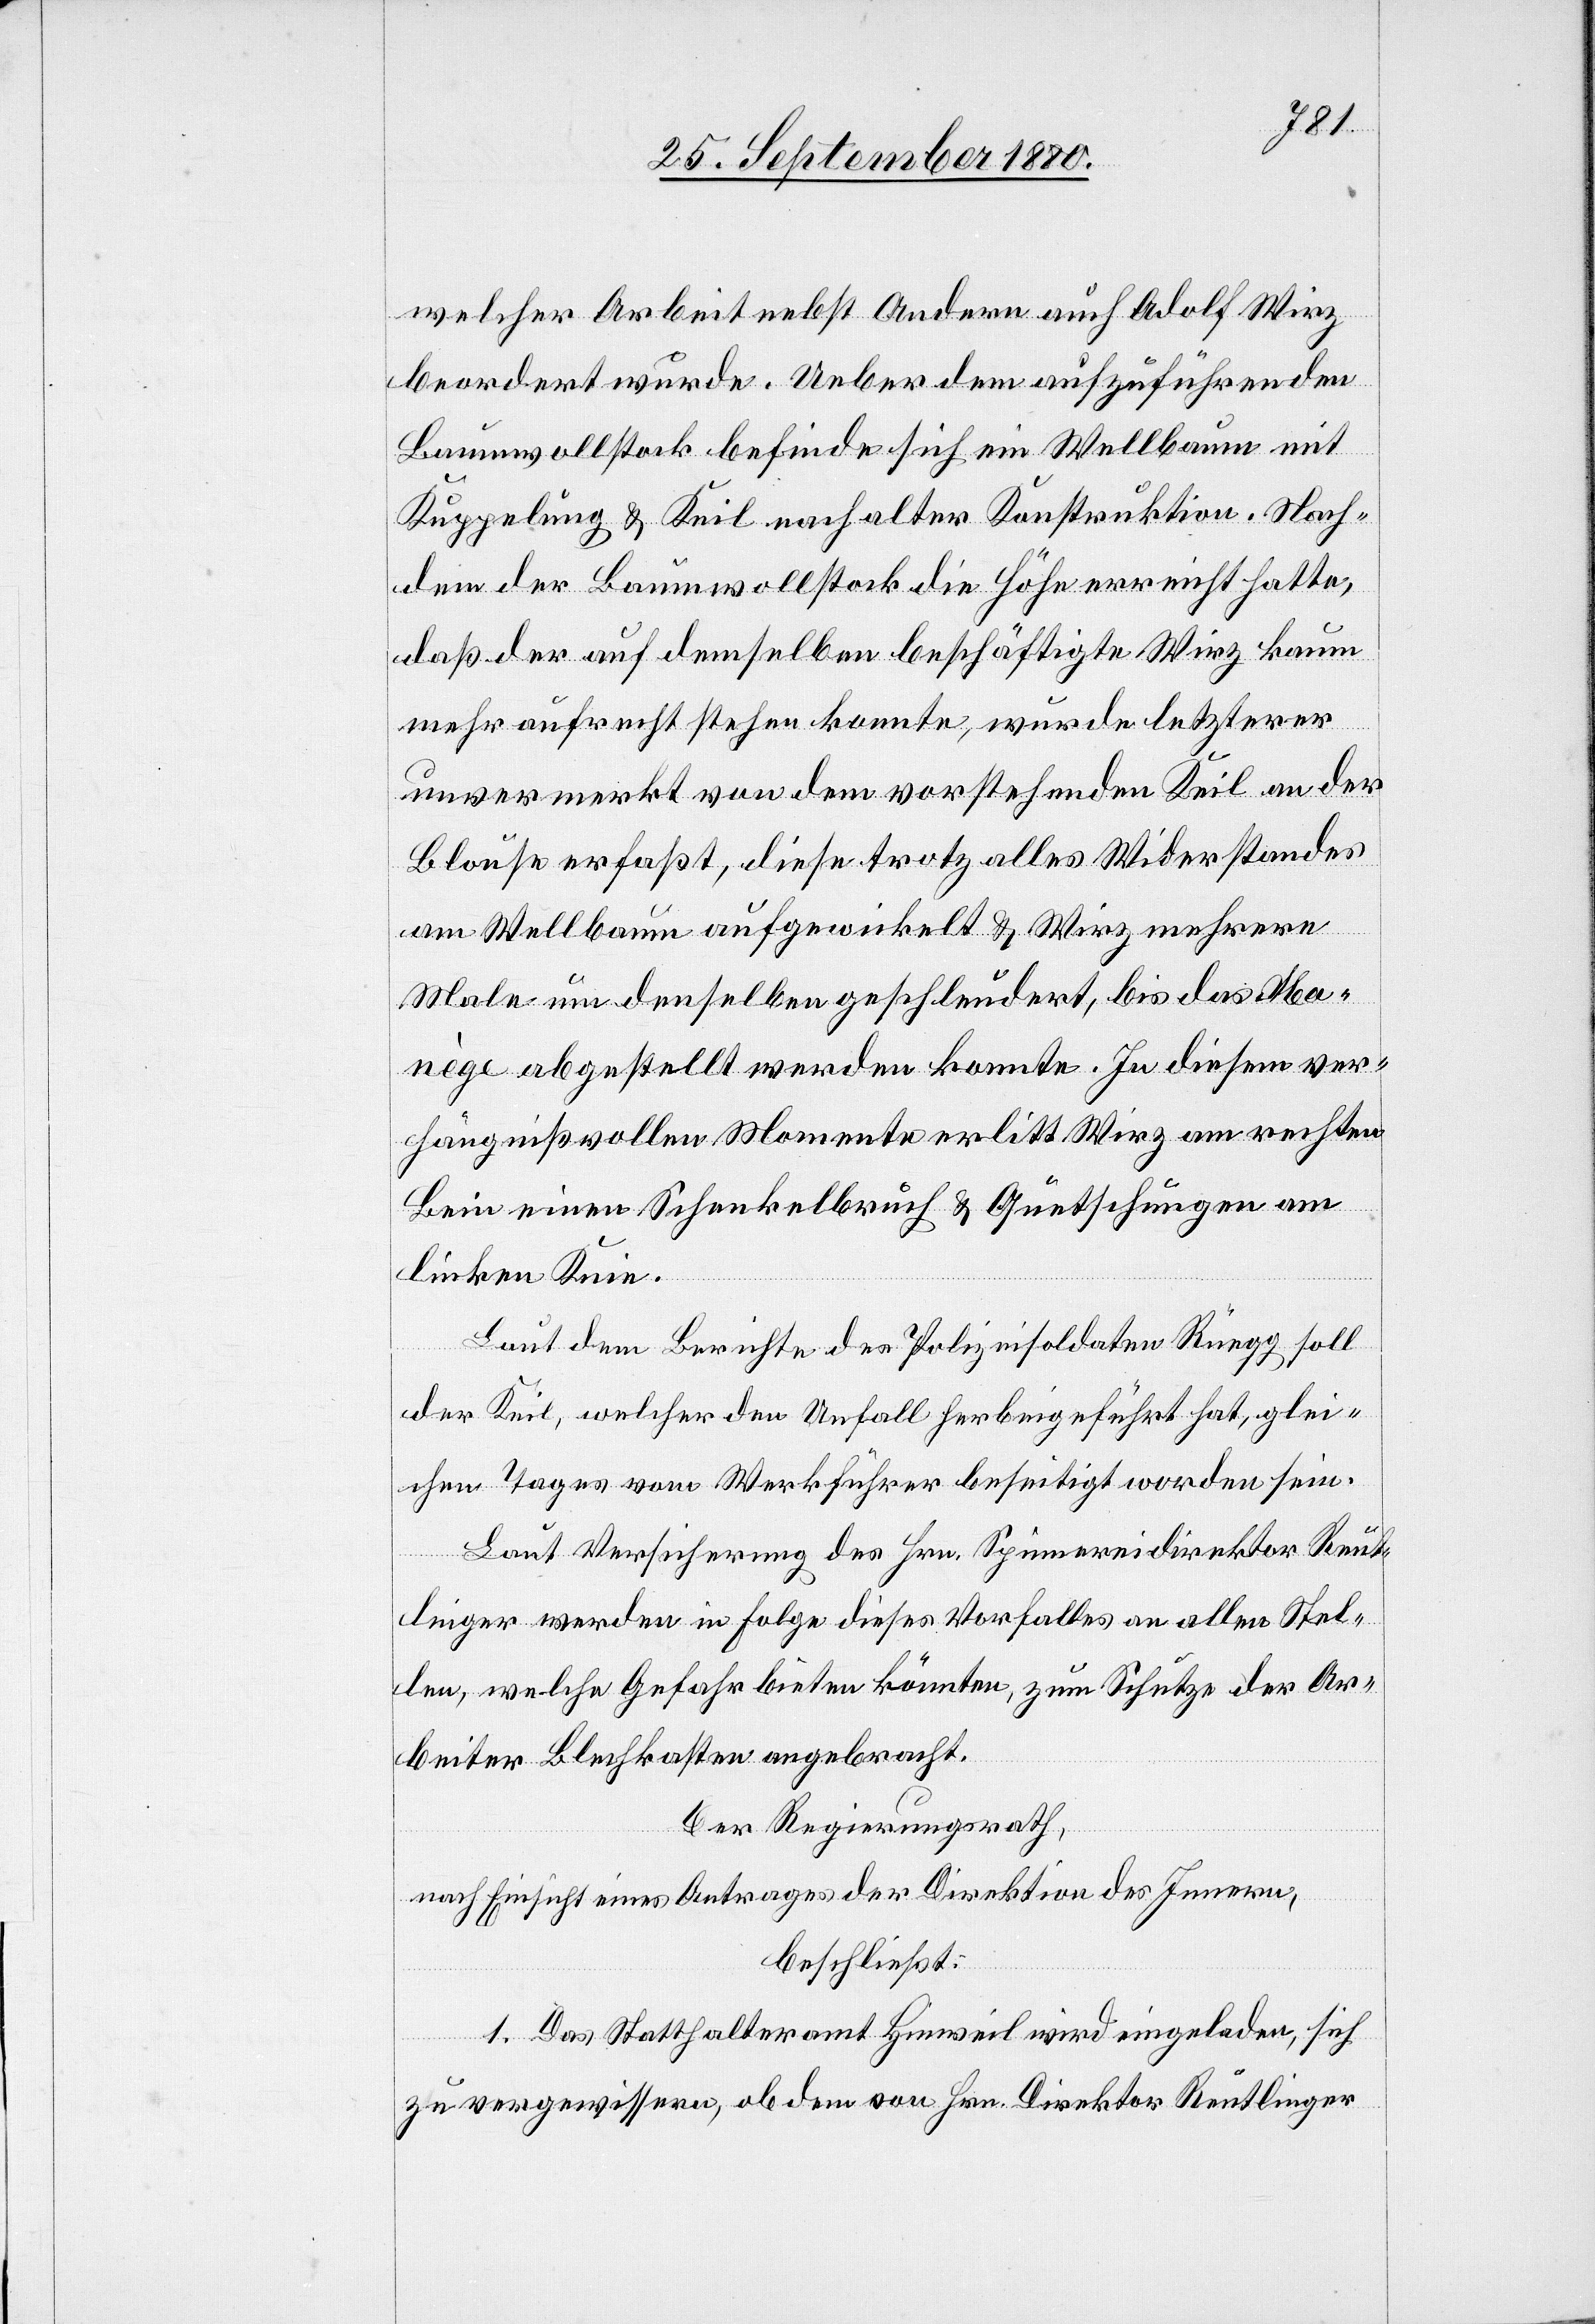
welcher Arbeit nebst Andern auch Adolf Wirz
beordert wurde. Ueber dem aufzuführenden
Baumwollstock befinde sich ein Wellbaum mit
Kuppelung & Keil nach alter Konstruktion. Nach
dem der Baumwollstock die Höhe erreicht hatte,
daß der auf demselben beschäftigte Wirz kaum
mehr aufrecht stehen konnte, wurde letzterer
unvermerkt von dem vorstehenden Keil an der
Blouse erfaßt, diese trotz alles Widerstandes
am Wellbaum aufgewickelt & Wirz mehrere
Male um denselben geschleudert, bis das Ma¬
nège abgestellt werden konnte. In diesem ver¬
hängnißvollen Momente erlitt Wirz am rechten
Bein einen Schenkelbruch & Quetschungen am
linken Knie.
Laut dem Bericht des Polizeisoldaten Rüegg soll
der Keil, welcher den Unfall herbeigeführt hat, glei¬
chen Tages vom Werkführer beseitigt worden sein.
Laut Versicherung des Hrn. Spinnereidirektor Reut¬
linger werden in Folge dieses Vorfalles an allen Stel¬
len, welche Gefahr bieten könnten, zum Schutze der Ar¬
beiter Blechkasten angebracht.
Der Regierungsrath,
nach Einsicht eines Antrages der Direktion des Innern,
beschließt:
1. Das Statthalteramt Hinweil wird eingeladen, sich
zu vergewissern, ob dem von Hrn. Direktor Reutlinger